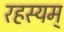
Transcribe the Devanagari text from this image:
रहस्यम्